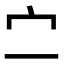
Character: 㝉